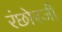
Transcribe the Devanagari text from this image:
रंछोरजी